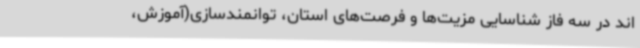
اند در سه فاز شناسایی مزیت‌ها و فرصت‌های استان، توانمندسازی(آموزش،